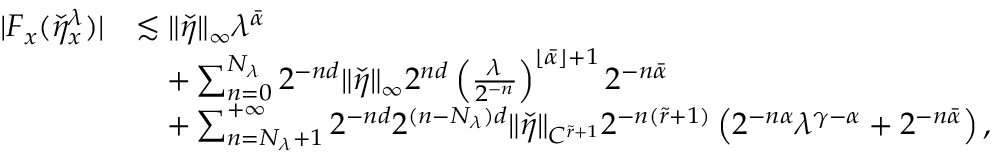
\begin{array} { r l } { | F _ { x } ( \check { \eta } _ { x } ^ { \lambda } ) | } & { \lesssim \| \check { \eta } \| _ { \infty } \lambda ^ { \bar { \alpha } } } \\ & { \quad + \sum _ { n = 0 } ^ { N _ { \lambda } } 2 ^ { - n d } \| \check { \eta } \| _ { \infty } 2 ^ { n d } \left( \frac { \lambda } { 2 ^ { - n } } \right) ^ { \lfloor \bar { \alpha } \rfloor + 1 } 2 ^ { - n \bar { \alpha } } } \\ & { \quad + \sum _ { n = N _ { \lambda } + 1 } ^ { + \infty } 2 ^ { - n d } 2 ^ { ( n - N _ { \lambda } ) d } \| \check { \eta } \| _ { C ^ { \tilde { r } + 1 } } 2 ^ { - n ( \tilde { r } + 1 ) } \left( 2 ^ { - n \alpha } \lambda ^ { \gamma - \alpha } + 2 ^ { - n \bar { \alpha } } \right) , } \end{array}